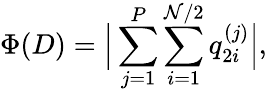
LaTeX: \Phi(D)=\Big|\sum_{j=1}^{P}\sum_{i=1}^{\mathcal{N}/2}q_{2i}^{(j)}\Big|,